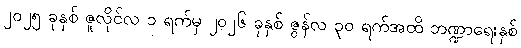
၂၀၂၅ ခုနှစ် ဇူလိုင်လ ၁ ရက်မှ ၂၀၂၆ ခုနှစ် ဇွန်လ ၃၀ ရက်အထိ ဘဏ္ဍာရေးနှစ်